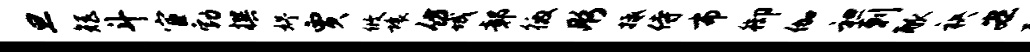
旦矩斗宦勃撰妤贾攸壤仿城鄣徼彤抵侍布御伽袒剌觚袂宏耽